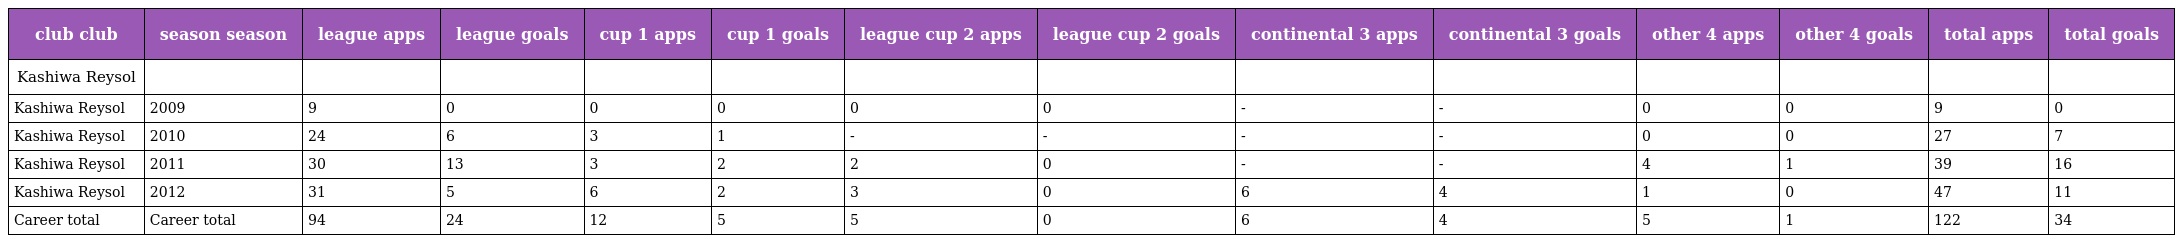
| club club | season season | league apps | league goals | cup 1 apps | cup 1 goals | league cup 2 apps | league cup 2 goals | continental 3 apps | continental 3 goals | other 4 apps | other 4 goals | total apps | total goals |
 | --- | --- | --- | --- | --- | --- | --- | --- | --- | --- | --- | --- | --- | --- |
 | Kashiwa Reysol |  |  |  |  |  |  |  |  |  |  |  |  |  |
 | Kashiwa Reysol | 2009 | 9 | 0 | 0 | 0 | 0 | 0 | - | - | 0 | 0 | 9 | 0 |
 | Kashiwa Reysol | 2010 | 24 | 6 | 3 | 1 | - | - | - | - | 0 | 0 | 27 | 7 |
 | Kashiwa Reysol | 2011 | 30 | 13 | 3 | 2 | 2 | 0 | - | - | 4 | 1 | 39 | 16 |
 | Kashiwa Reysol | 2012 | 31 | 5 | 6 | 2 | 3 | 0 | 6 | 4 | 1 | 0 | 47 | 11 |
 | Career total | Career total | 94 | 24 | 12 | 5 | 5 | 0 | 6 | 4 | 5 | 1 | 122 | 34 |